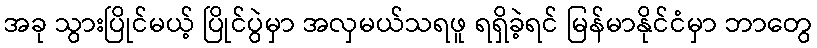
အခု သွားပြိုင်မယ့် ပြိုင်ပွဲမှာ အလှမယ်သရဖူ ရရှိခဲ့ရင် မြန်မာနိုင်ငံမှာ ဘာတွေ